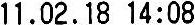
11.02.18 14:08